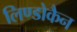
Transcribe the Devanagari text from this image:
लिण्डोकैन